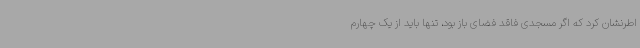
اطرنشان کرد که اگر مسجدی فاقد فضای باز بود، تنها باید از یک چهارم